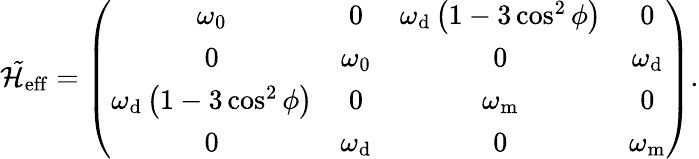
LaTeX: \mathcal{\tilde{H}}_{\mathrm{{eff}}}=\left(\begin{array}{cccc}{\omega_{\mathrm{{0}}}}&{0}&{\omega_{\mathrm{{d}}}\left(1-3\cos^{2}\phi\right)}&{0}\\ {0}&{\omega_{\mathrm{{0}}}}&{0}&{\omega_{\mathrm{{d}}}}\\ {\omega_{\mathrm{{d}}}\left(1-3\cos^{2}\phi\right)}&{0}&{\omega_{\mathrm{{m}}}}&{0}\\ {0}&{\omega_{\mathrm{{d}}}}&{0}&{\omega_{\mathrm{{m}}}}\end{array}\right).